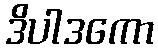
ဒိပါဒကော